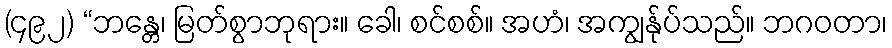
(၄၉၂) “ဘန္တေ၊ မြတ်စွာဘုရား။ ခေါ၊ စင်စစ်။ အဟံ၊ အကျွန်ုပ်သည်။ ဘဂဝတာ၊